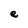
Character: e